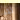
لقد